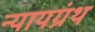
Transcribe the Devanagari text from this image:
न्यायग्रंथ